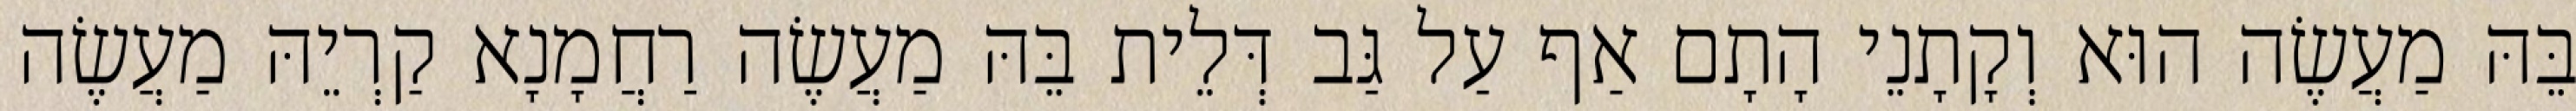
בֵּהּ מַעֲשֶׂה הוּא וְקָתָנֵי הָתָם אַף עַל גַּב דְּלֵית בֵּהּ מַעֲשֶׂה רַחֲמָנָא קַרְיֵהּ מַעֲשֶׂה